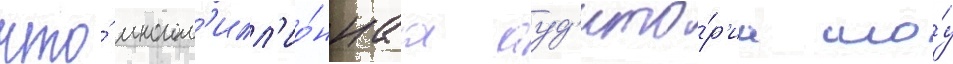
что́ многом'илл'ио́ннаа ауд'ито́р'иа шо́у